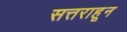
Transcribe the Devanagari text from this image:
सत्तराहून